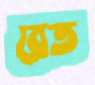
রেত